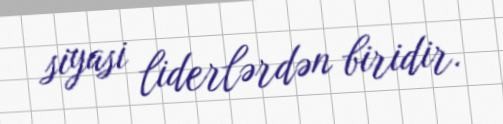
siyasi liderlərdən biridir.